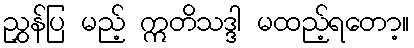
ညွှန်ပြ မည့် ဣတိသဒ္ဒါ မထည့်ရတော့။